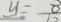
y = \frac { 8 } { 1 0 }